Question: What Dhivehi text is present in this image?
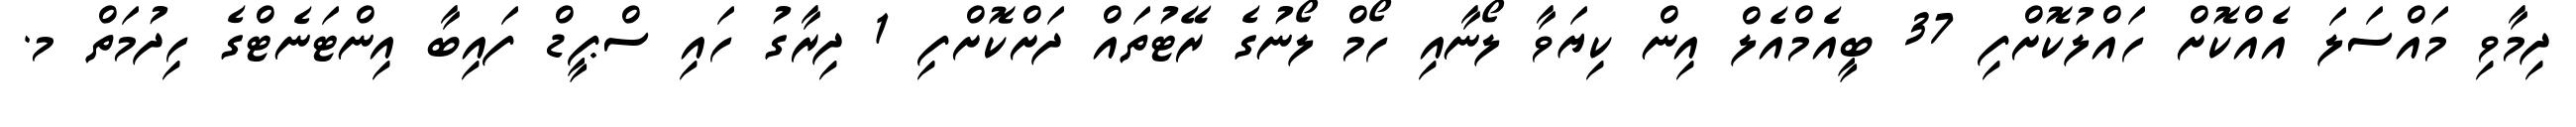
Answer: ދިމާވި މައްސަލަ އެއްކޮށް ހައްލުކޮށްފި 37 ބީއެމްއެލް އިން ކިޔަވާ ލޯނާއި ހޯމް ލޯނުގެ ރޭޓުތައް ދަށްކޮށްފި 1 ދިރާގު ހައި ސްޕީޑް ފައިބާ އިންޓަނެޓްގެ ހިދުމަތް މ.